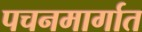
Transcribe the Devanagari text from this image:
पचनमार्गात